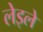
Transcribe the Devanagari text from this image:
लेइले